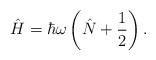
LaTeX: \begin{align*}\hat{H} = \hbar \omega \left(\hat{N} + \frac{1}{2}\right).\end{align*}